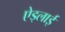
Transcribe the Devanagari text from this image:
ऐड्लाई